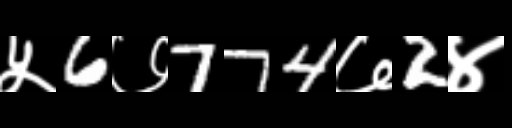
Text: ५6७774७2४